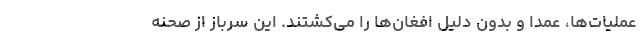
عملیات‌ها، عمدا و بدون دلیل افغان‌ها را می‌کشتند. این سرباز از صحنه